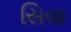
સિવા